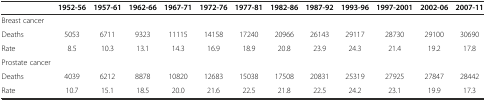
<table><thead><tr><td></td><td><b>1952-56</b></td><td><b>1957-61</b></td><td><b>1962-66</b></td><td><b>1967-71</b></td><td><b>1972-76</b></td><td><b>1977-81</b></td><td><b>1982-86</b></td><td><b>1987-92</b></td><td><b>1993-96</b></td><td><b>1997-2001</b></td><td><b>2002-06</b></td><td><b>2007-11</b></td></tr></thead><tbody><tr><td>Breast cancer</td><td></td><td></td><td></td><td></td><td></td><td></td><td></td><td></td><td></td><td></td><td></td><td></td></tr><tr><td>Deaths</td><td>5053</td><td>6711</td><td>9323</td><td>11115</td><td>14158</td><td>17240</td><td>20966</td><td>26143</td><td>29117</td><td>28730</td><td>29100</td><td>30690</td></tr><tr><td>Rate</td><td>8.5</td><td>10.3</td><td>13.1</td><td>14.3</td><td>16.9</td><td>18.9</td><td>20.8</td><td>23.9</td><td>24.3</td><td>21.4</td><td>19.2</td><td>17.8</td></tr><tr><td>Prostate cancer</td><td></td><td></td><td></td><td></td><td></td><td></td><td></td><td></td><td></td><td></td><td></td><td></td></tr><tr><td>Deaths</td><td>4039</td><td>6212</td><td>8878</td><td>10820</td><td>12683</td><td>15038</td><td>17508</td><td>20831</td><td>25319</td><td>27925</td><td>27847</td><td>28442</td></tr><tr><td>Rate</td><td>10.7</td><td>15.1</td><td>18.5</td><td>20.0</td><td>21.6</td><td>22.5</td><td>21.8</td><td>22.5</td><td>24.2</td><td>23.1</td><td>19.9</td><td>17.3</td></tr></tbody></table>